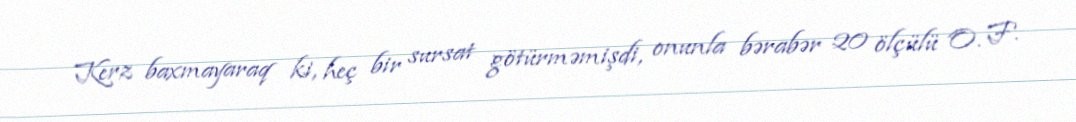
Kerz baxmayaraq ki, heç bir sursat götürməmişdi, onunla bərabər 20 ölçülü O. F.